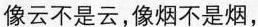
像云不是云，像烟不是烟，